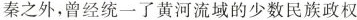
秦之外，曾经统一了黄河流域的少数民族政权